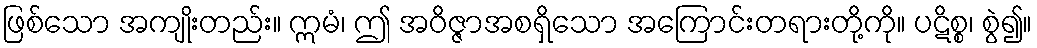
ဖြစ်သော အကျိုးတည်း။ ဣမံ၊ ဤ အဝိဇ္ဇာအစရှိသော အကြောင်းတရားတို့ကို။ ပဋိစ္စ၊ စွဲ၍။